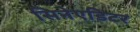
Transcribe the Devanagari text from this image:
सिनेएडिटर